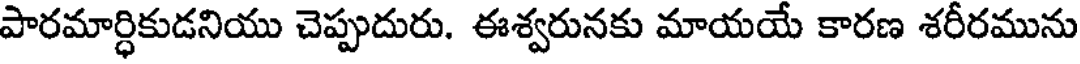
పారమార్ధికుడనియు చెప్పుదురు. ఈశ్వరునకు మాయయే కారణ శరీరమును